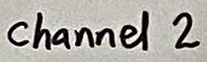
Text: channel 2